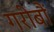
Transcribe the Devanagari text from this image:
गरीबौं